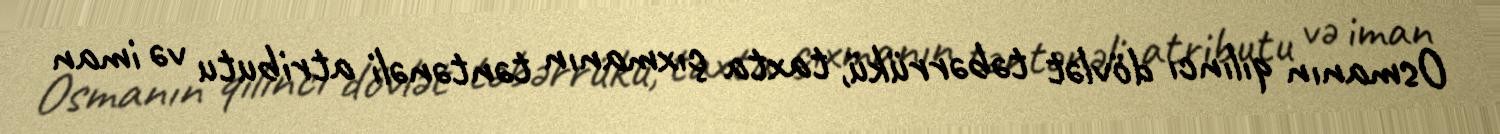
Osmanın qılıncı dövlət təbərrükü, taxta çıxmanın təntənəli atributu və iman